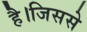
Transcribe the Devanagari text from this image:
है।जिससे